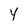
Character: Y